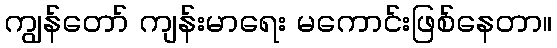
ကျွန်တော် ကျန်းမာရေး မကောင်းဖြစ်နေတာ။